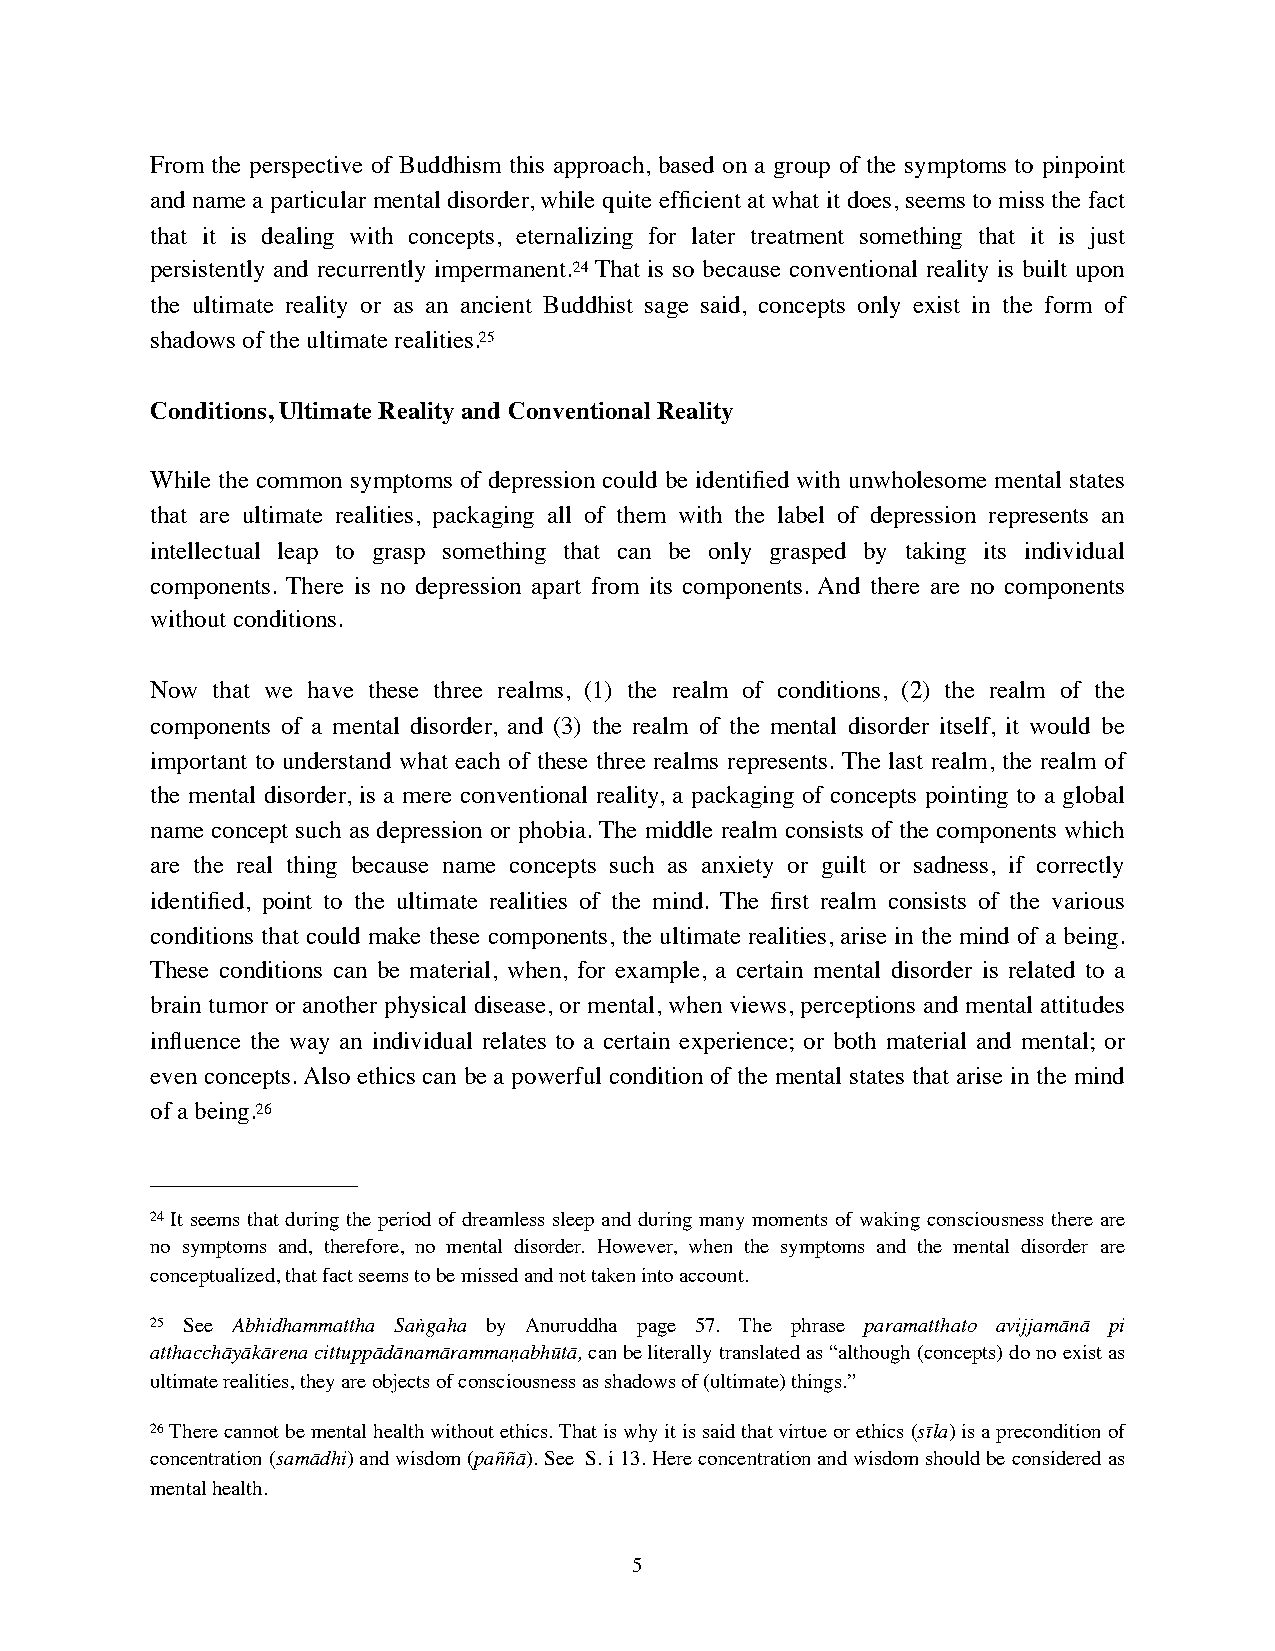
From the perspective of Buddhism this approach, based on a group of the symptoms to pinpoint
 and name a particular mental disorder, while quite efficient at what it does, seems to miss the fact
 that it is dealing with concepts, eternalizing for later treatment something that it is just
 persistently and recurrently impermanent.24 That is so because conventional reality is built upon
 the ultimate reality or as an ancient Buddhist sage said, concepts only exist in the form of
 shadows of the ultimate realities.25
 Conditions, Ultimate Reality and Conventional Reality
 While the common symptoms of depression could be identified with unwholesome mental states
 that are ultimate realities, packaging all of them with the label of depression represents an
 intellectual leap to grasp something that can be only grasped by taking its individual
 components. There is no depression apart from its components. And there are no components
 without conditions.
 Now that we have these three realms, (1) the realm of conditions, (2) the realm of the
 components of a mental disorder, and (3) the realm of the mental disorder itself, it would be
 important to understand what each of these three realms represents. The last realm, the realm of
 the mental disorder, is a mere conventional reality, a packaging of concepts pointing to a global
 name concept such as depression or phobia. The middle realm consists of the components which
 are the real thing because name concepts such as anxiety or guilt or sadness, if correctly
 identified, point to the ultimate realities of the mind. The first realm consists of the various
 conditions that could make these components, the ultimate realities, arise in the mind of a being.
 These conditions can be material, when, for example, a certain mental disorder is related to a
 brain tumor or another physical disease, or mental, when views, perceptions and mental attitudes
 influence the way an individual relates to a certain experience; or both material and mental; or
 even concepts. Also ethics can be a powerful condition of the mental states that arise in the mind
 of a being.26
 24 It seems that during the period of dreamless sleep and during many moments of waking consciousness there are
 no symptoms and, therefore, no mental disorder. However, when the symptoms and the mental disorder are
 conceptualized, that fact seems to be missed and not taken into account.
 25 See Abhidhammattha Saṅgaha by Anuruddha page 57. The phrase paramatthato avijjamānā pi
 atthacchāyākārena cittuppādānamārammaṇabhūtā, can be literally translated as “although (concepts) do no exist as
 ultimate realities, they are objects of consciousness as shadows of (ultimate) things.”
 26 There cannot be mental health without ethics. That is why it is said that virtue or ethics (sīla) is a precondition of
 concentration (samādhi) and wisdom (paññā). See S. i 13. Here concentration and wisdom should be considered as
 mental health.
 5